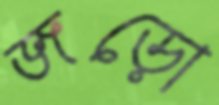
জড়ো